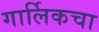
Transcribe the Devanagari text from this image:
गार्लिकचा